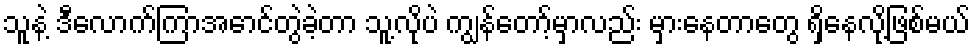
သူနဲ့ ဒီလောက်ကြာအောင်တွဲခဲ့တာ သူ့လိုပဲ ကျွန်တော့်မှာလည်း မှားနေတာတွေ ရှိနေလို့ဖြစ်မယ်